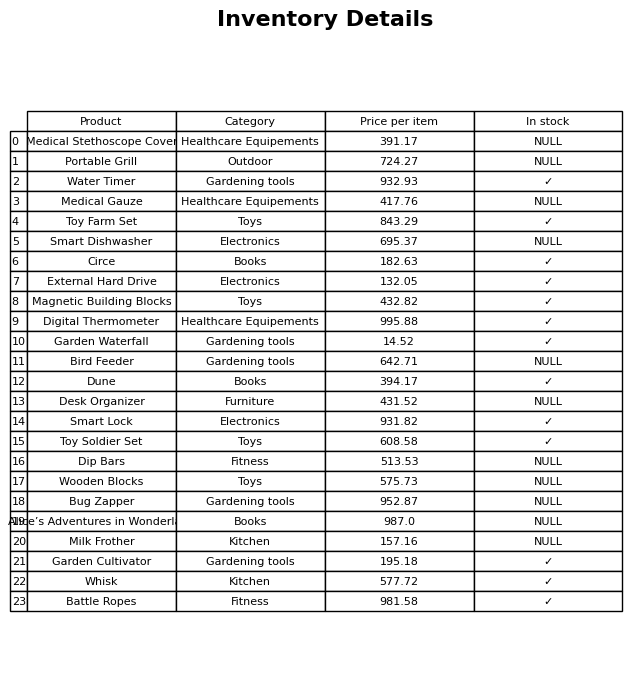
question: Which products are available in stock?
answer: Water Timer, Toy Farm Set, Circe, External Hard Drive, Magnetic Building Blocks, Digital Thermometer, Garden Waterfall, Dune, Smart Lock, Toy Soldier Set, Garden Cultivator, Whisk, Battle Ropes